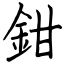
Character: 鉗